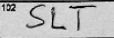
Transcription: SLT